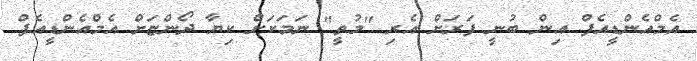
އެމްއެންޑީއެފް އިން ބުނީ ފަރަށް އެރި "މުތީ" ނަމަކަށް ކިޔާ ދޯންޏަށް އެމްއެންޑީއެފް